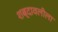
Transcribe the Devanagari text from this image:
शब्दावलीला